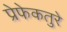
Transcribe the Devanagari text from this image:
प्रेफेकतुरे